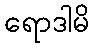
ရောဒါမိ